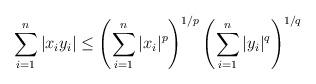
LaTeX: \begin{align*}\sum^{n}_{i=1}|x_{i}y_{i}|\leq\left(\sum^{n}_{i=1}|x_{i}|^{p}\right)^{1/p}\left(\sum^{n}_{i=1}|y_{i}|^{q}\right)^{1/q}\end{align*}